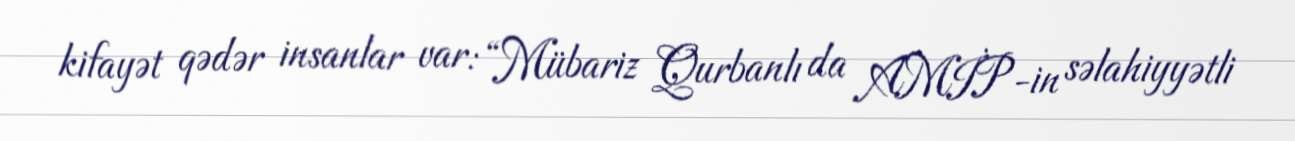
kifayət qədər insanlar var: “Mübariz Qurbanlı da AMİP-in səlahiyyətli